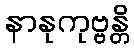
နာနုကုဗ္ဗန္တိ